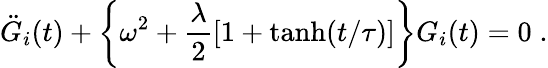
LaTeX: \ddot{G}_{i}(t)+\left\{ \omega^{2}+\frac{\lambda}{2}[1+\operatorname{tanh}(t/\tau)]\right\} G_{i}(t)=0\; .